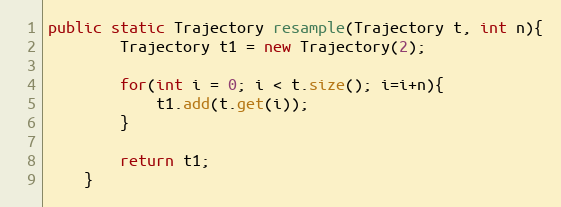
Language: Java
public static Trajectory resample(Trajectory t, int n){
		Trajectory t1 = new Trajectory(2);

		for(int i = 0; i < t.size(); i=i+n){
			t1.add(t.get(i));
		}

		return t1;
	}